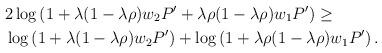
LaTeX: \begin{align*} &2 \log \left( 1 + \lambda(1 - \lambda \rho) w_2 P' + \lambda \rho (1 - \lambda \rho) w_1 P' \right) \geq \\ & \log \left( 1 + \lambda (1 - \lambda \rho) w_2 P' \right) + \log \left( 1 + \lambda \rho (1 - \lambda \rho) w_1 P' \right). \end{align*}